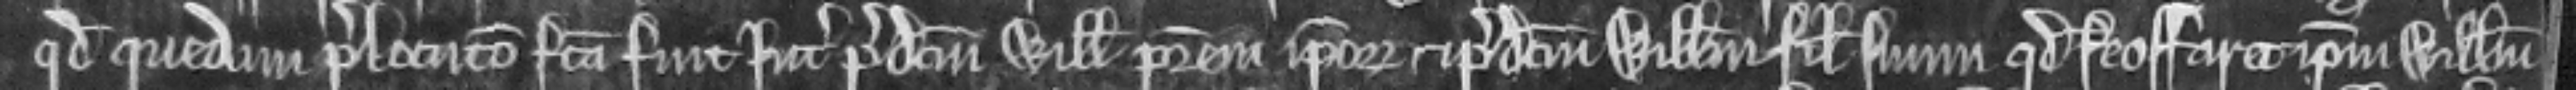
quod quedam perlocucio facta fuit inter predictum Willelmum patrem ipsorum et predictum Willelmum filium suum quod feoffaret ipsum Willelmum